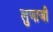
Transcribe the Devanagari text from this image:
लुणाजी